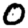
Digit: 0